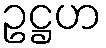
ဥဋ္ဌဟ